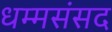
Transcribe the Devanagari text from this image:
धम्मसंसद